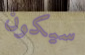
سيكون